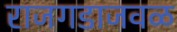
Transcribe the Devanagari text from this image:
राजगडाजवळ